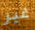
غير